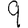
Digit: 9